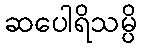
ဆပေါရိသမ္ပိ